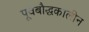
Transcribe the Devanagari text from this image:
पूर्वबौद्धकालीन